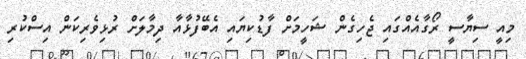
މިއީ ސިޔާސީ ރޯގާއެއްގައި ޖެހިގެން ޝަހީމަށް ފާޑުކިޔައި އެބޭފުޅާއާ ދިމާލަށް ރުޅިވެރިކަން އިސްކުރި